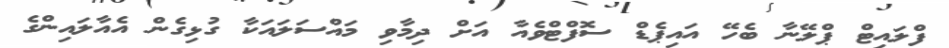
ފްލައިޓް ޕްލޭނާ ބެހޭ އައިޕެޑް ސޮފްޓްވެއާ އަަށް ދިމާވި މައްސަލައަކާ ގުޅިގެން އެއާލައިންގެ